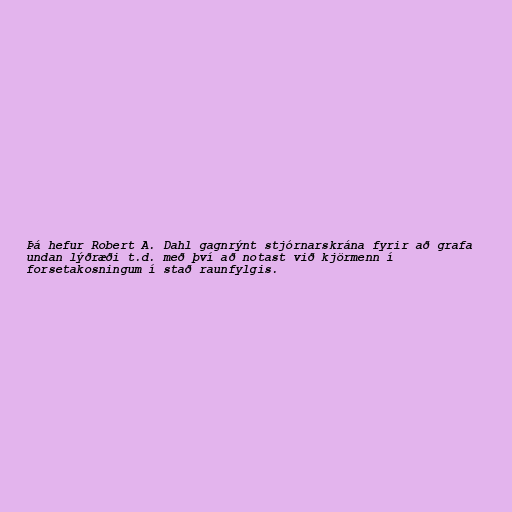
Þá hefur Robert A. Dahl gagnrýnt stjórnarskrána fyrir að grafa
undan lýðræði t.d. með því að notast við kjörmenn í
forsetakosningum í stað raunfylgis.